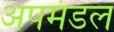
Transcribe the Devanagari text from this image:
अपमंडल